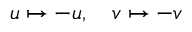
u \mapsto - u , \quad v \mapsto - v